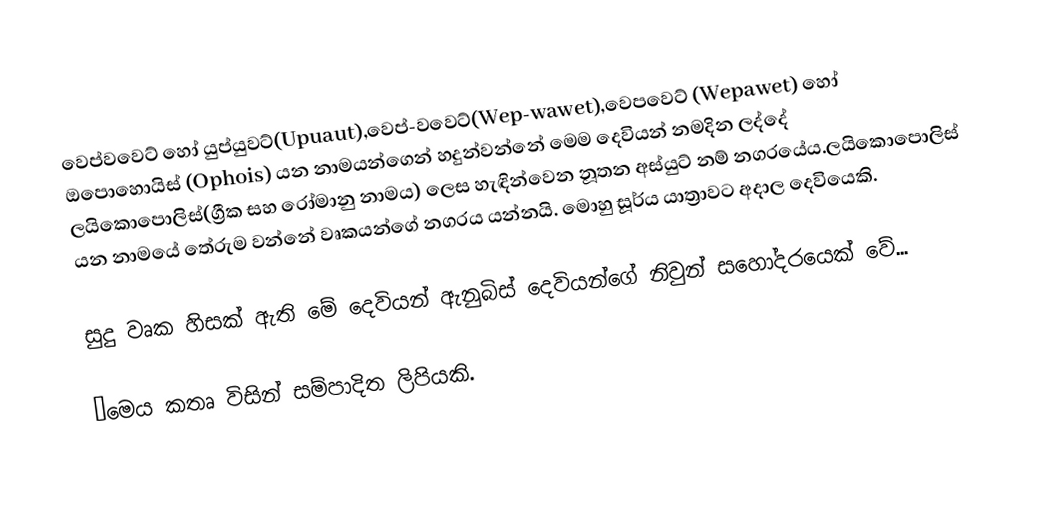
වෙප්වවෙට් හෝ යුප්යුවට්(Upuaut),වෙප්-වවෙට්(Wep-wawet),වෙපවෙට් (Wepawet) හෝ ඔපොහොයිස් (Ophois) යන නාමයන්ගෙන් හදුන්වන්නේ මෙම දෙවියන් නමදින ලද්දේ ලයිකොපොලිස්(ග්‍රීක සහ රෝමානු නාමය) ලෙස හැඳින්වෙන නූතන අස්යුට් නම් නගරයේය.ලයිකොපොලිස් යන නාමයේ තේරුම වන්නේ වෘකයන්ගේ නගරය යන්නයි. මොහු සූර්ය යාත්‍රාවට අදාල දෙවියෙකි.

සුදු වෘක හිසක් ඇති මේ දෙවියන් ඇනුබිස් දෙවියන්ගේ නිවුන් සහෝදරයෙක් වේ...

●මෙය කතෘ විසින් සම්පාදිත ලිපියකි.